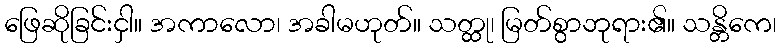
ဖြေဆိုခြင်းငှါ။ အကာလော၊ အခါမဟုတ်။ သတ္ထု၊ မြတ်စွာဘုရား၏။ သန္တိကေ၊